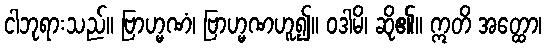
ငါဘုရားသည်။ ဗြာဟ္မဏံ၊ ဗြာဟ္မဏဟူ၍။ ဝဒါမိ၊ ဆို၏။ ဣတိ အတ္ထော၊